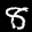
Label: 8